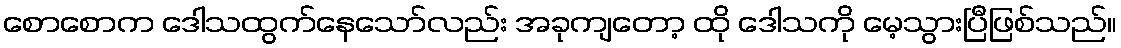
စောစောက ဒေါသထွက်နေသော်လည်း အခုကျတော့ ထို ဒေါသကို မေ့သွားပြီဖြစ်သည်။